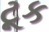
ટૂક